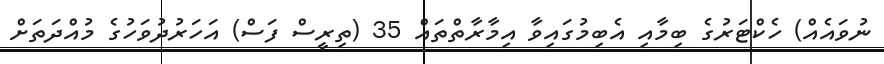
ނުވައެއް) ހެކްޓަރުގެ ބިމާއި އެބިމުގައިވާ އިމާރާތްތައް 35 (ތިރީސް ފަސް) އަހަރުދުވަހުގެ މުއްދަތަށް